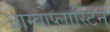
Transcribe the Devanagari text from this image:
थ्राम्बोप्लास्टिन